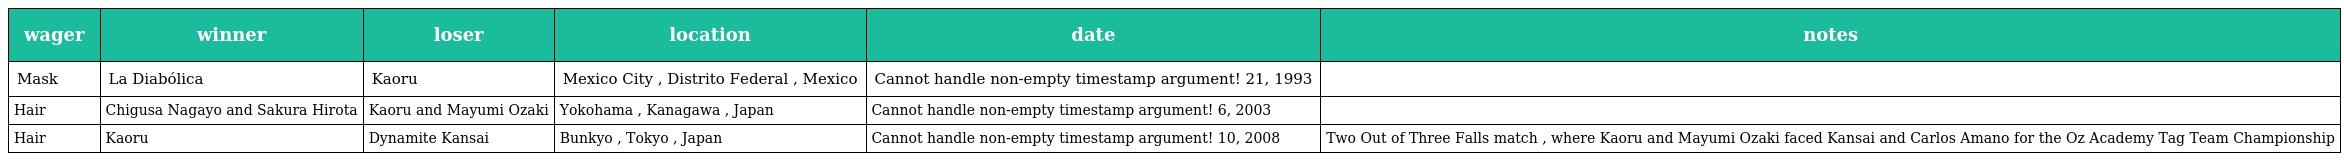
| wager | winner | loser | location | date | notes |
 | --- | --- | --- | --- | --- | --- |
 | Mask | La Diabólica | Kaoru | Mexico City , Distrito Federal , Mexico | Cannot handle non-empty timestamp argument! 21, 1993 |  |
 | Hair | Chigusa Nagayo and Sakura Hirota | Kaoru and Mayumi Ozaki | Yokohama , Kanagawa , Japan | Cannot handle non-empty timestamp argument! 6, 2003 |  |
 | Hair | Kaoru | Dynamite Kansai | Bunkyo , Tokyo , Japan | Cannot handle non-empty timestamp argument! 10, 2008 | Two Out of Three Falls match , where Kaoru and Mayumi Ozaki faced Kansai and Carlos Amano for the Oz Academy Tag Team Championship |